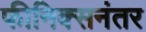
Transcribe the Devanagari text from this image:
फीनिक्सनंतर